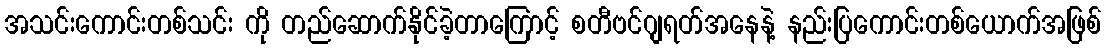
အသင်းကောင်းတစ်သင်း ကို တည်ဆောက်နိုင်ခဲ့တာကြောင့် စတီဗင်ဂျရတ်အနေနဲ့ နည်းပြကောင်းတစ်ယောက်အဖြစ်